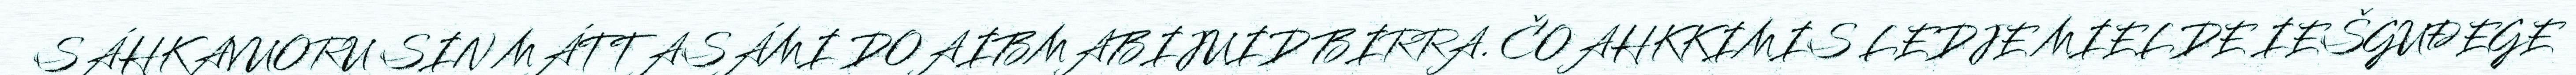
SÁHKAVUORU SIN MÁTTASÁMI DOAIBMABIJUID BIRRA. ČOAHKKIMIS LEDJE MIELDE IEŠGUĐEGE